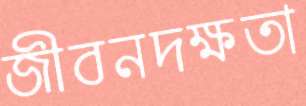
জীবনদক্ষতা